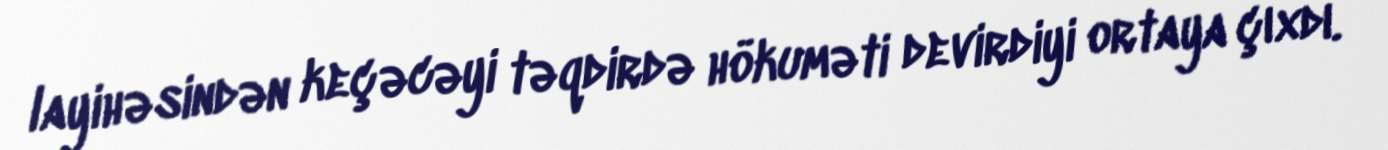
layihəsindən keçəcəyi təqdirdə hökuməti devirdiyi ortaya çıxdı.